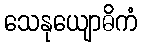
သေနုယျောဓိကံ